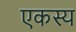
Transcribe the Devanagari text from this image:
एकस्य